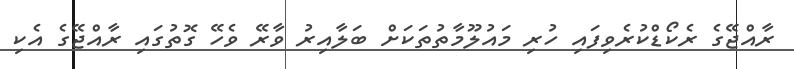
ރާއްޖޭގެ ރެކޯޑްކުރެވިފައި ހުރި މައުލޫމާތުތަކަށް ބަލާއިރު ވާރޭ ވެހޭ ގޮތުގައި ރާއްޖޭގެ އެކި